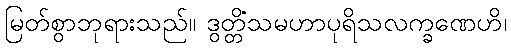
မြတ်စွာဘုရားသည်။ ဒွတ္တိံသမဟာပုရိသလက္ခဏေဟိ၊